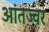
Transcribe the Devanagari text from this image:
आंतज्वर